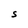
Character: s